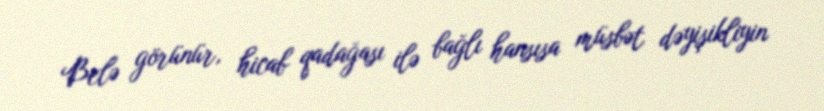
Belə görünür, hicab qadağası ilə bağlı hansısa müsbət dəyişikliyin